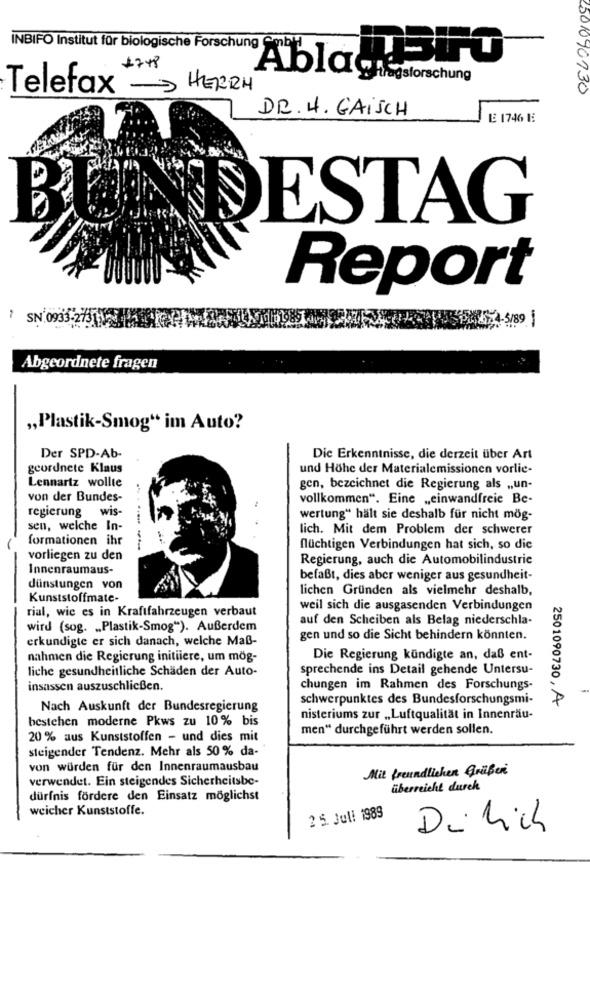
INBIFO Institut für biologische Forschung Cmbl
1748
Abla QUBiFO
Telefax
> HERRH
2501090130
DR. 4. GAISCH
E 1746 E
BUNDESTAG
Report
SN 0933-27313
5/89
Abgeordnete fragen
„Plastik-Smog“ im Auto?
Der SPD-Ab-
Dic Erkenntnisse, die derzeit über Art
geordnete Klaus
und Höhe der Materialemissionen vorlie-
Lennartz wollte
gen, bezeichnet die Regierung als „un-
von der Bundes-
vollkommen“. Eine „einwandfreie Be-
regierung
wis-
wertung“ hält sie deshalb für nicht mög-
sen, welche In-
lich. Mit dem Problem der schwerer
formationen ihr
flüchtigen Verbindungen hat sich, so die
vorliegen zu den
Regierung, auch die Automobilindustrie
Innenraumaus-
befaßt, dies aber weniger aus gesundheit-
dünstungen von
lichen Gründen als vielmehr deshalb,
Kunststoffmate-
rial, wie es in Kraftfahrzeugen verbaut
weil sich die ausgasenden Verbindungen
auf den Scheiben als Belag niederschla-
wird (sog. „Plastik-Smog“). Außerdem
erkundigte er sich danach, welche Maß-
gen und so die Sicht behindern könnten.
nahmen die Regierung initiiere, um mög-
Die Regierung kündigte an, daß ent-
liche gesundheitliche Schäden der Auto-
sprechende ins Detail gehende Untersu-
insassen auszuschließen.
chungen im Rahmen des Forschungs-
schwerpunktes des Bundesforschungsmi-
Nach Auskunft der Bundesregierung
2501090730, A
bestehen moderne Pkws zu 10% bis
nisteriums zur „Luftqualität in Innenräu-
men“ durchgeführt werden sollen.
20 % aus Kunststoffen - und dies mit
steigender Tendenz. Mehr als 50% da-
von würden für den Innenraumausbau
Mit freundlichen grüßen
verwendet. Ein steigendes Sicherheitsbe-
überreicht durch
dürfnis fördere den Einsatz möglichst
weicher Kunststoffe.
2 5. Jull 1989
Dülich